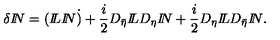
\delta { I \! \! N } = ( { I \! \! L } { I \! \! N } \dot { ) } + \frac { i } { 2 } D _ { \bar { \eta } } { I \! \! L } D _ { \eta } { I \! \! N } + \frac { i } { 2 } D _ { \eta } { I \! \! L } D _ { \bar { \eta } } { I \! \! N } .